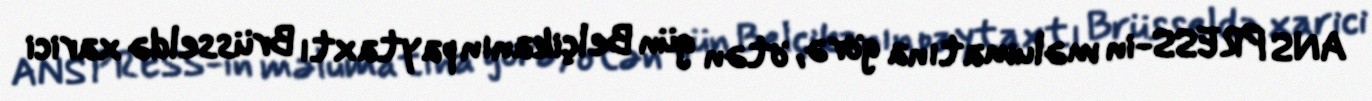
ANS PRESS-in məlumatına görə, ötən gün Belçikanın paytaxtı Brüsseldə xarici